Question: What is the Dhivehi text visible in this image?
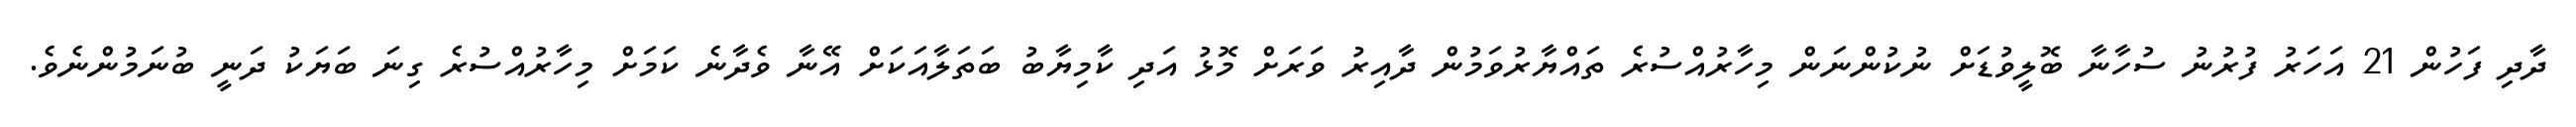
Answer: ދާދި ފަހުން 21 އަހަރު ފުރުނު ސުހާނާ ބޮލީވުޑަށް ނުކުންނަން މިހާރުއްސުރެ ތައްޔާރުވަމުން ދާއިރު ވަރަށް މޮޅު އަދި ކާމިޔާބު ބަތަލާއަކަށް އޭނާ ވެދާނެ ކަމަށް މިހާރުއްސުރެ ގިނަ ބަޔަކު ދަނީ ބުނަމުންނެވެ.